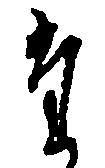
た